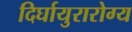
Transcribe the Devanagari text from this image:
दिर्घायुरारोग्य